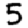
Digit: 5